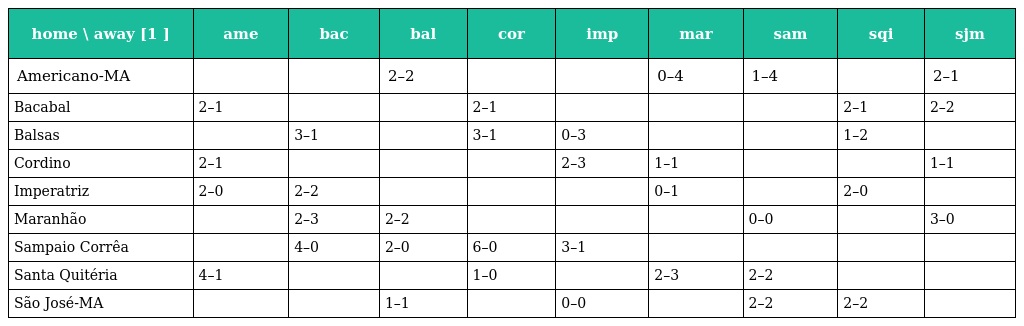
| home \ away [1 ] | ame | bac | bal | cor | imp | mar | sam | sqi | sjm |
 | --- | --- | --- | --- | --- | --- | --- | --- | --- | --- |
 | Americano-MA |  |  | 2–2 |  |  | 0–4 | 1–4 |  | 2–1 |
 | Bacabal | 2–1 |  |  | 2–1 |  |  |  | 2–1 | 2–2 |
 | Balsas |  | 3–1 |  | 3–1 | 0–3 |  |  | 1–2 |  |
 | Cordino | 2–1 |  |  |  | 2–3 | 1–1 |  |  | 1–1 |
 | Imperatriz | 2–0 | 2–2 |  |  |  | 0–1 |  | 2–0 |  |
 | Maranhão |  | 2–3 | 2–2 |  |  |  | 0–0 |  | 3–0 |
 | Sampaio Corrêa |  | 4–0 | 2–0 | 6–0 | 3–1 |  |  |  |  |
 | Santa Quitéria | 4–1 |  |  | 1–0 |  | 2–3 | 2–2 |  |  |
 | São José-MA |  |  | 1–1 |  | 0–0 |  | 2–2 | 2–2 |  |